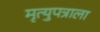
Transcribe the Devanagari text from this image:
मृत्युपत्राला